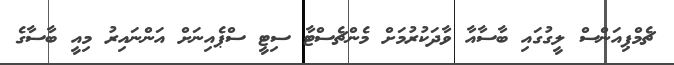
ޗެމްޕިއަންސް ލީގުގައި ބާސާއާ ވާދަކުރުމަށް މެންޗެސްޓާ ސިޓީ ސްޕެއިނަށް އަންނައިރު މިއީ ބާސާގެ